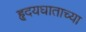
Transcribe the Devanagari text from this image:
हृदयघाताच्या